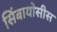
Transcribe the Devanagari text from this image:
सिंबायोसीस